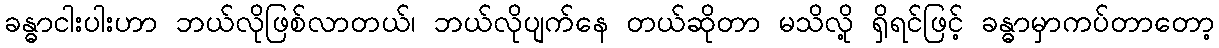
ခန္ဓာငါးပါးဟာ ဘယ်လိုဖြစ်လာတယ်၊ ဘယ်လိုပျက်နေ တယ်ဆိုတာ မသိလို့ ရှိရင်ဖြင့် ခန္ဓာမှာကပ်တာတော့